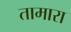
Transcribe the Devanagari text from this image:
तामारा